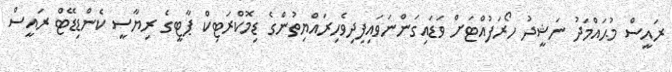
ރައީސް މުޙައްމަދު ނަޝީދު ހޯރަފުއްޓަށް ވަޑައިގަންނަވައިފިދިވެހިރައްޔިތުންގެ ޑިމޮކްރަޓިކް ޕާޓީގެ ރިޔާސީ ކެންޑިޑޭޓް ރައީސް